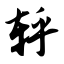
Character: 轷